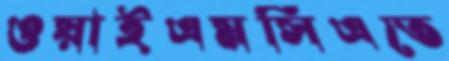
ওয়াইএমসিএতে